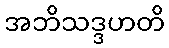
အဘိသဒ္ဒဟတိ